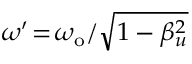
\omega ^ { \prime } \! = \! \omega _ { \mathrm { o } } / \sqrt { 1 - \beta _ { u } ^ { 2 } }